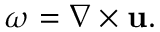
{ \boldsymbol { \omega } } = \nabla \times \mathbf { u } .